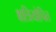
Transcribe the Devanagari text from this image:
क्षत्रियोचित